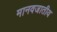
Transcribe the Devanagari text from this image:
मानवजातीय